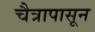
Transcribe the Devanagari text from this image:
चैत्रापासून